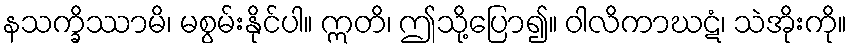
နသက္ခိဿာမိ၊ မစွမ်းနိုင်ပါ။ ဣတိ၊ ဤသို့ပြော၍။ ဝါလိကာဃဋံ၊ သဲအိုးကို။